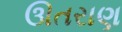
ઊતરાણ